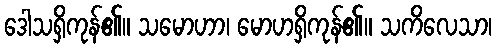
ဒေါသရှိကုန်၏။ သမောဟာ၊ မောဟရှိကုန်၏။ သကိလေသာ၊